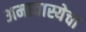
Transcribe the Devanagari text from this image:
अमावास्येचा